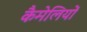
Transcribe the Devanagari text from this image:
कैमेलियों